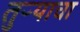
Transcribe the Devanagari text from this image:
तुऱ्याचा